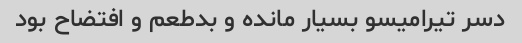
دسر تیرامیسو بسیار مانده و بدطعم و افتضاح بود